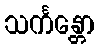
သင်္ကန္တော